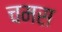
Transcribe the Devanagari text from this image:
चमस